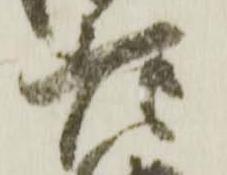
老